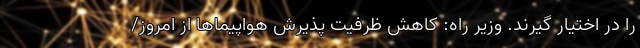
را در اختیار گیرند. وزیر راه: کاهش ظرفیت پذیرش هواپیماها از امروز/